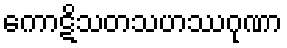
ကောဋိသတသဟဿဂုဏာ